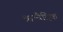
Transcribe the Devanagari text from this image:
ॠग्वैदिक